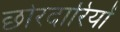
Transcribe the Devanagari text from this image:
छोरदारियों